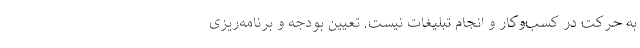
به حرکت در کسب‌وکار و انجام تبلیغات نیست. تعیین بودجه و برنامه‌ریزی